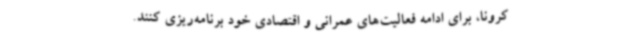
کرونا، برای ادامه فعالیت‌های عمرانی و اقتصادی خود برنامه‌ریزی کنند.